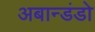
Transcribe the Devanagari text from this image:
अबान्डंडो